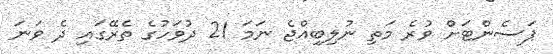
ޕަސެންޓަށް ވުރެ މަތި ނުލިބިއްޖެ ނަމަ 21 ދުވަހުގެ ތެރޭގައި ދެ ވަނަ